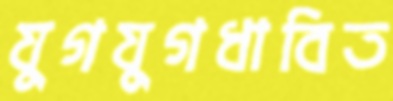
যুগযুগধাবিত